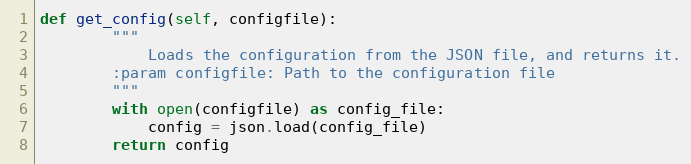
Language: Python
def get_config(self, configfile):
        """
            Loads the configuration from the JSON file, and returns it.
        :param configfile: Path to the configuration file
        """
        with open(configfile) as config_file:
            config = json.load(config_file)
        return config